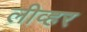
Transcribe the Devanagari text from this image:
लीव्हर